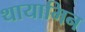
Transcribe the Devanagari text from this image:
थायामिन